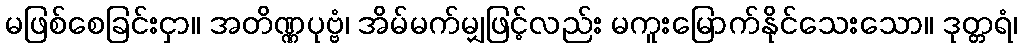
မဖြစ်စေခြင်းငှာ။ အတိဏ္ဏပုဗ္ဗံ၊ အိမ်မက်မျှဖြင့်လည်း မကူးမြောက်နိုင်သေးသော။ ဒုတ္တရံ၊